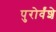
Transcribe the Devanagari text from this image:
पुरोर्वंशे